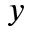
y